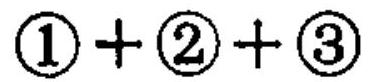
$\textcircled{1}+\textcircled{2}+\textcircled{3}$